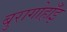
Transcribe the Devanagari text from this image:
बुरागोहाँइ